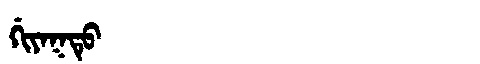
Manchu: ᡤᡳᠶᠠᡴᡨᡠ
Romanization: GIYAKTU